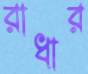
রাধার